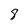
Character: 8